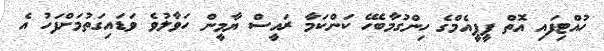
ހުއްޓިފައި އޮތް ޕީޕީއެމްގެ ހިންގުމާބެހޭ ކަންކަމާ ރައީސް ޔާމީން ހަވާލުވެ ވަޑައިގަތުމަށްފަހު އެ